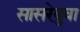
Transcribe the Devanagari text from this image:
सासरेबुवा